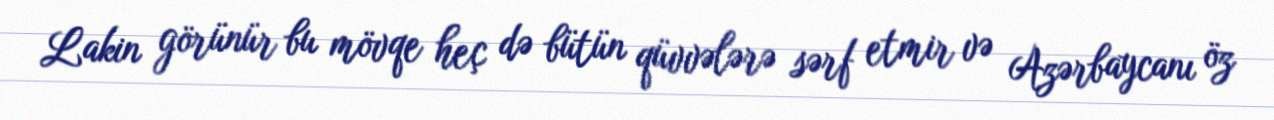
Lakin görünür bu mövqe heç də bütün qüvvələrə sərf etmir və Azərbaycanı öz